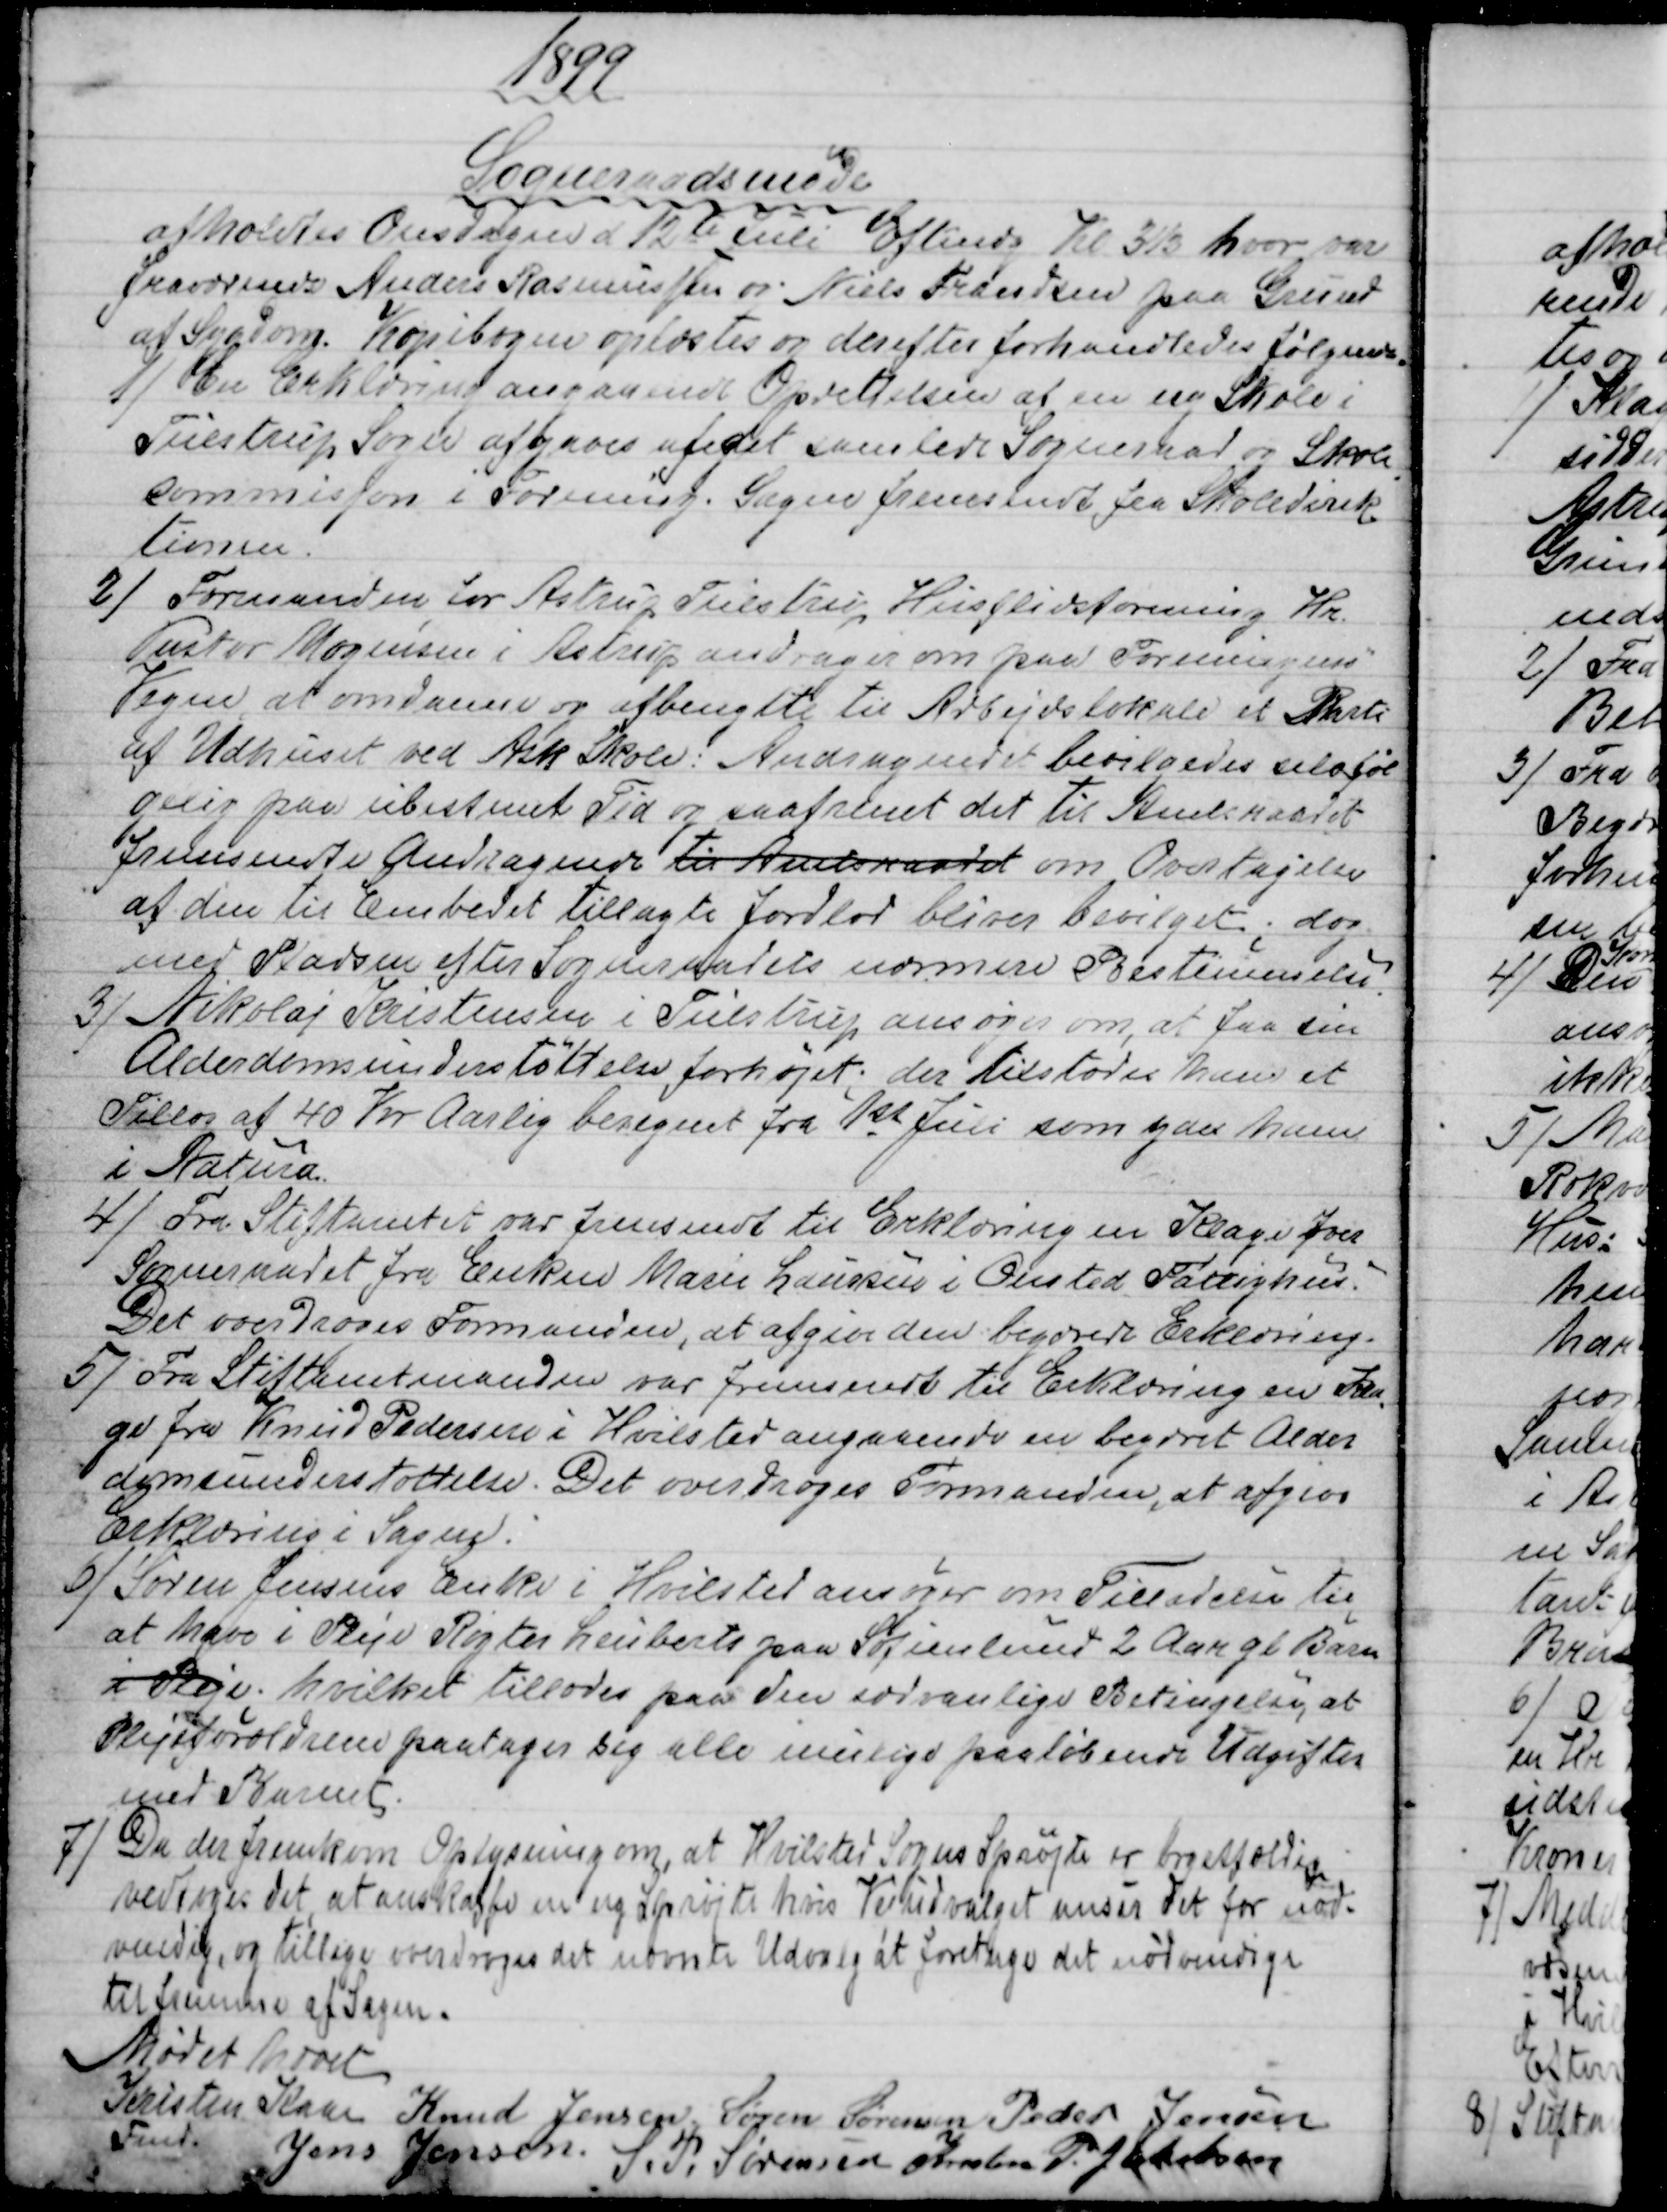
Transskription:
1899
Sogneraadsmøde
afholdtes Onsdagen d 12te Juli Eftmdg til 3½ hvor var
fraværende Anders Rasmussen og Niels Frandsen paa Grund
af Sygdom. Kopibogen oplæstes og derefter forhandledes følgende.
1)
En Erklæring angaaende Oprettelsen af en ny Skole i
Tulstrup Sogn afgaves af det samlede Sogneraad og Skole
-
commision i Forening. Sagen fremsendt fra Skoledirek-
tionen.
2) 
Formanden for Astrup Tulstrup Husflidsforening Hr.
Pastor Mogensen i Astrup andrager om paa Foreningens
Vegne, at omdanne og afbenytte til Arbejdslokale et Parti
af Udhuset ved Ask Skole. Andragendet bevilgedes selvføl
gelig paa ubestemt Tid og saafremt det til Amtsraadet
fremsendte Andragende til Amtsraadet om Overtagelse
af den til Embedet tillagte Jordlod bliver bevilget; dog
med Pladsen efter Sogneraadets nærmere Bestemmelse.
3)
Nikolaj Kristensen i Tulstrup ansøger om, at faa sin
Alderdomsunderstøttelse forhøjet; der tilstodes ham et
Tillæg af 40 Kr Aarlig beregnet fra 1st Juli som ydes ham
i Natura.
4)
Fra Stiftamtet var fremsendt til Erklæring en Klage over
Sogneraadet fra Enken Marie Laursen i Onsted Fattighus.
Det overdroges Formanden, at afgive den begærede Erklæring.
5)
Fra Stiftamtmanden var fremsendt til Erklæring en Kla
=
ge fra Knud Pedersen i Hvilsted angaaende en begæret Alder
domsunderstøttelse. Det overdroges Formanden, at afgive
Erklæring i Sagen.
6)
Søren Jensens Enke i Hvilsted ansøger om Tilladelse til
at have i Pleje Røgter Leuberts paa Sofienlund 2 Aar gl Barn
i Pleje; hvilket tillodes paa den sædvanlige Betingelse, at
Plejeforældrene paatager sig alle mulige paaløbende Udgifter
med Barnet.
7)
Da der fremkom Oplysning om, at Hvilsted Sogns Sprøjte er brøstfældig
vedtoges det, at anskaffe en ny Sprøjte hvis Vejudvalget anser det for nød-
vendig, og tillige overdroges det nævnte Udvalg at foretage det nødvendige
til fremme af Sagen.
Mødet hævet
Kristen Kaae  
Fmd.
Knud Jensen, Søren Sørensen  Peder Jensen
Jens Jensen.  
S. P. Sørensen  Kresten P. Jakobsen